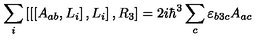
\sum _ { i } \left[ \left[ \left[ A _ { a b } , L _ { i } \right] , L _ { i } \right] , R _ { 3 } \right] = 2 i \hbar ^ { 3 } \sum _ { c } \varepsilon _ { b 3 c } A _ { a c }